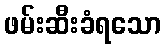
ဖမ်းဆီးခံရသော